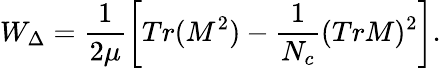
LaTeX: W_{\Delta}=\frac{1}{2\mu}\left[Tr(M^{2})-\frac{1}{N_{c}}(TrM)^{2}\right].